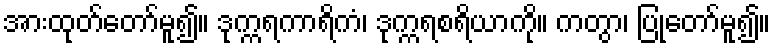
အားထုတ်တော်မူ၍။ ဒုက္ကရကာရိကံ၊ ဒုက္ကရစရိယာကို။ ကတွာ၊ ပြုတော်မူ၍။